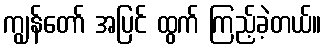
ကျွန်တော် အပြင် ထွက် ကြည့်ခဲ့တယ်။